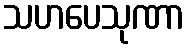
သဟပေသုဏာ